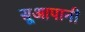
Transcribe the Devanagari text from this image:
सूआपानी